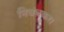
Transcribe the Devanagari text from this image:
निबंधकर।